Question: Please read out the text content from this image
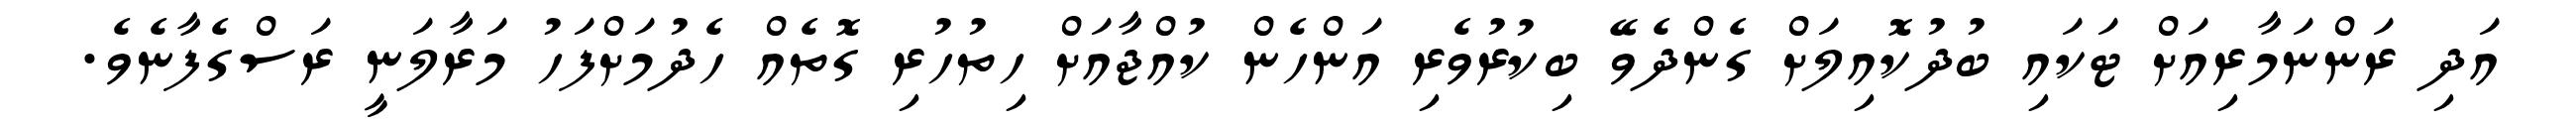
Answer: އަދި ރަންނަމާރިއަށް ޓަކައި ބުދުކޮއިލަށް ގެންދެވޭ ބިކުރުވެރި އަންހެން ކުއްޖާއަށް ހިތުހުރި ގޮތެއް ހެދުމަށްފަހު މަރާލަނީ ރަސްގެފާނެވެ.